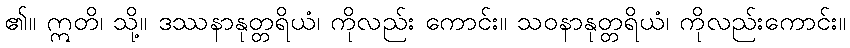
၏။ ဣတိ၊ သို့။ ဒဿနာနုတ္တရိယံ၊ ကိုလည်း ကောင်း။ သဝနာနုတ္တရိယံ၊ ကိုလည်းကောင်း။